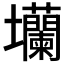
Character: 𡔔